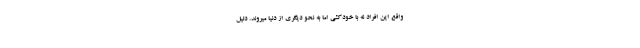
واقع این افراد نه با خودکشی اما به نحو دیگری از دنیا میروند. دلیل